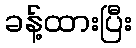
ခန့်ထားပြီး